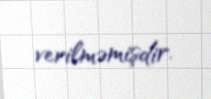
verilməmişdir.